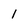
Character: 1